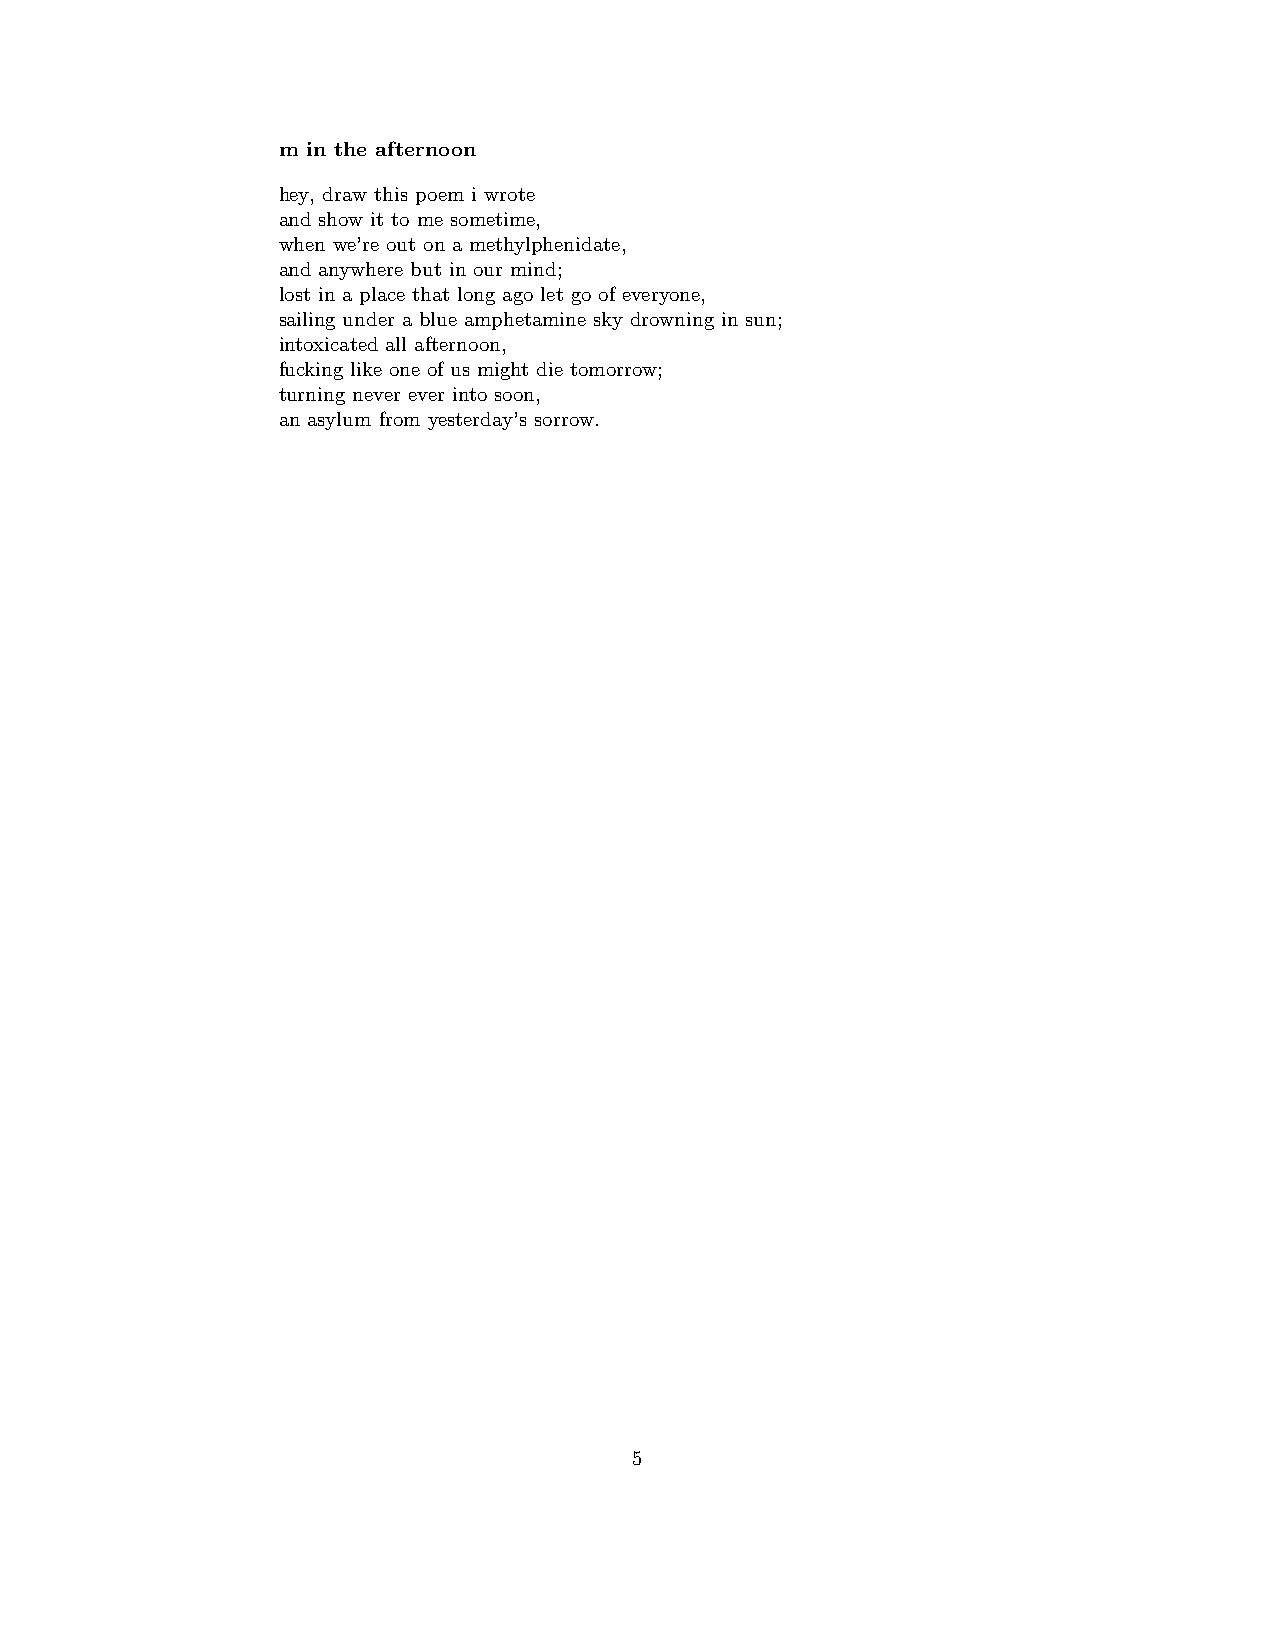
m in the afternoon
 hey, draw this poem i wrote
 and show it to me sometime,
 when we’re out on a methylphenidate,
 and anywhere but in our mind;
 lost in a place that long ago let go of everyone,
 sailing under a blue amphetamine sky drowning in sun;
 intoxicated all afternoon,
 fucking like one of us might die tomorrow;
 turning never ever into soon,
 an asylum from yesterday’s sorrow.
 5